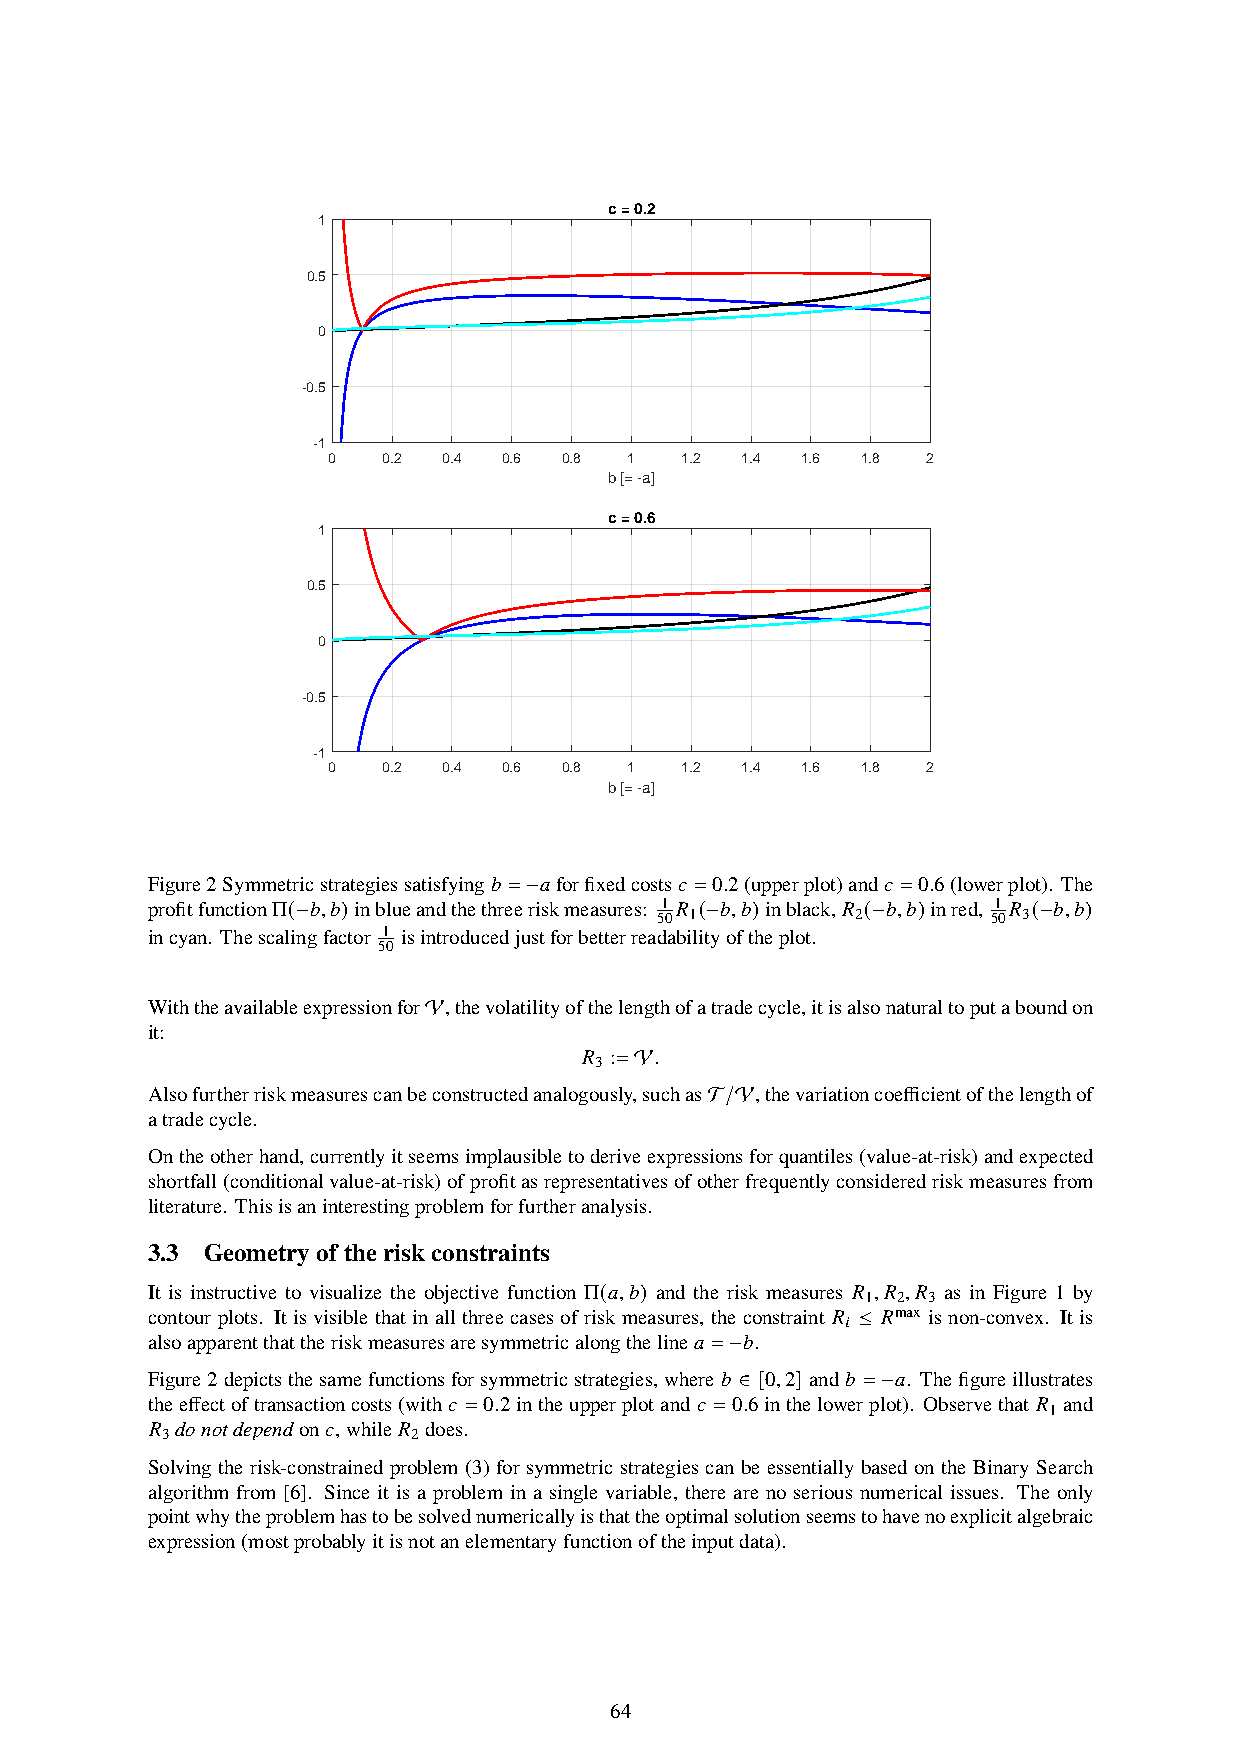
c = 0.2
 1
 0.5
 0
 -0.5
 -1
 0  0.2 0.4 0.6 0.8  1  1.2 1.4 1.6 1.8 2
 b [= -a]
 c = 0.6
 1
 0.5
 0
 -0.5
 -1
 0  0.2 0.4 0.6 0.8  1  1.2 1.4 1.6 1.8 2
 b [= -a]
 Figure2Symmetricstrategiessatisfying𝑏 =−𝑎forfixedcosts𝑐 =0.2(upperplot)and𝑐 =0.6(lowerplot). The
 profitfunctionΠ(−𝑏,𝑏)inblueandthethreeriskmeasures: 1 𝑅 (−𝑏,𝑏)inblack,𝑅 (−𝑏,𝑏)inred, 1 𝑅 (−𝑏,𝑏)
 50 1          2        50 3
 incyan. Thescalingfactor 1 isintroducedjustforbetterreadabilityoftheplot.
 50
 WiththeavailableexpressionforV,thevolatilityofthelengthofatradecycle,itisalsonaturaltoputaboundon
 it:
 𝑅 :=V.
 3
 Alsofurtherriskmeasurescanbeconstructedanalogously,suchasT/V,thevariationcoefficientofthelengthof
 atradecycle.
 Ontheotherhand,currentlyitseemsimplausibletoderiveexpressionsforquantiles(value-at-risk)andexpected
 shortfall(conditionalvalue-at-risk)ofprofitasrepresentativesofotherfrequentlyconsideredriskmeasuresfrom
 literature. Thisisaninterestingproblemforfurtheranalysis.
 3.3 Geometryoftheriskconstraints
 It is instructive to visualize the objective function Π(𝑎,𝑏) and the risk measures 𝑅 ,𝑅 ,𝑅 as in Figure 1 by
 1 2 3
 contourplots. Itisvisiblethatinallthreecasesofriskmeasures, theconstraint 𝑅 𝑖 ≤ 𝑅max isnon-convex. Itis
 alsoapparentthattheriskmeasuresaresymmetricalongtheline𝑎 =−𝑏.
 Figure2depictsthesamefunctionsforsymmetricstrategies,where𝑏 ∈ [0,2] and𝑏 = −𝑎. Thefigureillustrates
 theeffectoftransactioncosts(with𝑐 = 0.2intheupperplotand𝑐 = 0.6inthelowerplot). Observethat 𝑅 and
 1
 𝑅 donotdependon𝑐,while𝑅 does.
 3               2
 Solving the risk-constrained problem (3) for symmetric strategies can be essentially based on the Binary Search
 algorithm from [6]. Since it is a problem in a single variable, there are no serious numerical issues. The only
 pointwhytheproblemhastobesolvednumericallyisthattheoptimalsolutionseemstohavenoexplicitalgebraic
 expression(mostprobablyitisnotanelementaryfunctionoftheinputdata).
 64